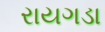
રાયગડા